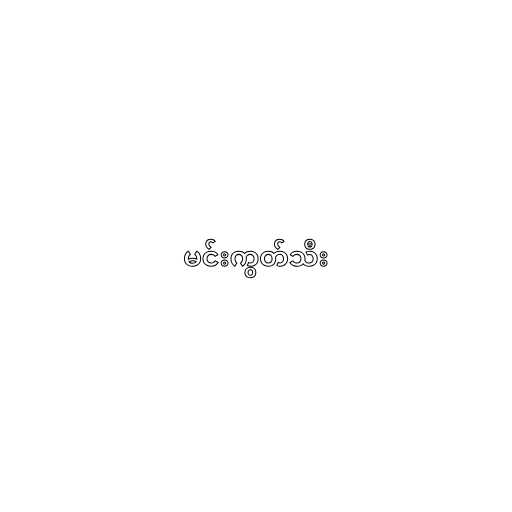
မင်းကွတ်သီး